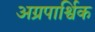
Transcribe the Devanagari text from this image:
अग्रपार्श्विक